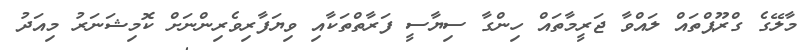
މާލޭގެ ގްރޫޕްތައް ލައްވާ ޖަރީމާތައް ހިންގާ ސިޔާސީ ފަރާތްތަކާއި ވިޔަފާރިވެރިންނަށް ކޮމިޝަނަރު މިއަދު